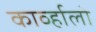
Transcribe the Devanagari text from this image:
काव्‍र्हालो